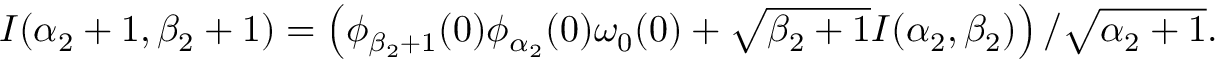
\begin{array} { r } { I ( \alpha _ { 2 } + 1 , \beta _ { 2 } + 1 ) = \left( \phi _ { \beta _ { 2 } + 1 } ( 0 ) \phi _ { \alpha _ { 2 } } ( 0 ) \omega _ { 0 } ( 0 ) + \sqrt { \beta _ { 2 } + 1 } I ( \alpha _ { 2 } , \beta _ { 2 } ) \right) / \sqrt { \alpha _ { 2 } + 1 } . } \end{array}